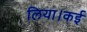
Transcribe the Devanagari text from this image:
लिया।कई